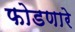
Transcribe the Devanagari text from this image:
फोडणारे